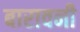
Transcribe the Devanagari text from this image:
बारावनी